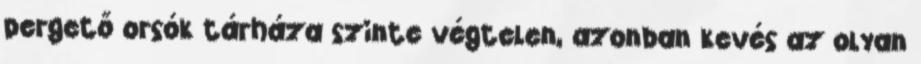
pergető orsók tárháza szinte végtelen, azonban kevés az olyan